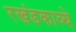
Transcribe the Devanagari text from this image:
रखंडकाव्ये